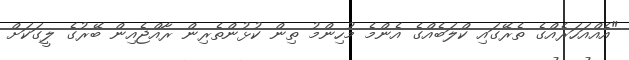
"އެއްއަހަރެއްގެ ތެރޭގައި ކްލަބެއްގެ އެންމެ މުހިންމު ތިން ކުޅުންތެރިން ރާއްޖެއިން ބޭރުގެ ލީގަކަށް